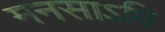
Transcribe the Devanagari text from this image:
मनसाऽपि